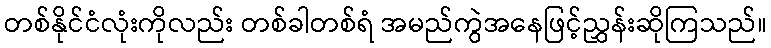
တစ်နိုင်ငံလုံးကိုလည်း တစ်ခါတစ်ရံ အမည်ကွဲအနေဖြင့်ညွှန်းဆိုကြသည်။